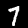
Digit: 7